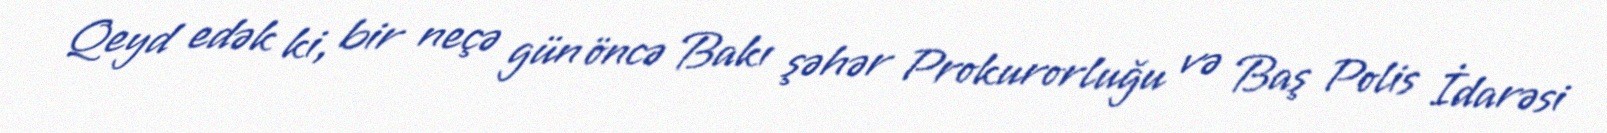
Qeyd edək ki, bir neçə gün öncə Bakı şəhər Prokurorluğu və Baş Polis İdarəsi